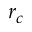
r _ { c }